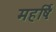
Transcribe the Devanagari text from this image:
महर्षिः